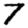
Digit: 7